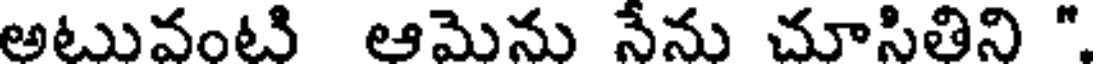
అటువంటి ఆమెను నేను చూసితిని "